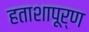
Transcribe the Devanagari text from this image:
हताशापूर्ण